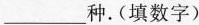
___种.(填数字)